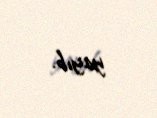
yayıb.